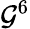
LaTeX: \mathcal{G}^{6}